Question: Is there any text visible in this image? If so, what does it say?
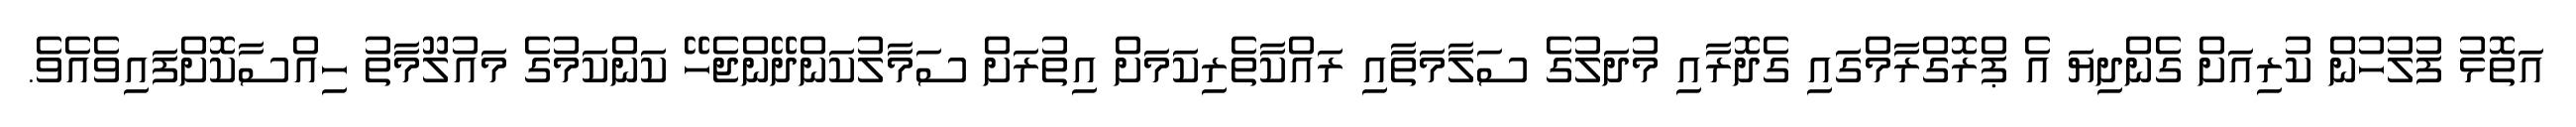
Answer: އަތޮޅު ފުލުހުން ކުރިއަށް ގެންދިޔަ އެ ޕްރޮގްރާމްގައި ގެދޮރާއި މުދަލުގެ ސަލާމަތާއި ރައްކާތެރިކަމަށް އިތުރަށް ސަމާލުކަންދޭންޖެހޭ ކަންކަމުގެ މައުލޫމާތު ހިއްސާކޮށްފައިވެއެވެ.